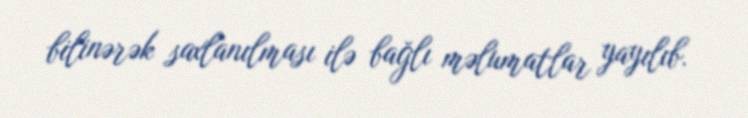
bilinərək saxlanılması ilə bağlı məlumatlar yayılıb.